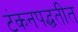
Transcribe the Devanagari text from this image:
टंकनपद्धतीत